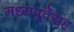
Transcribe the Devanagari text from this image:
मध्यपूर्वेसह